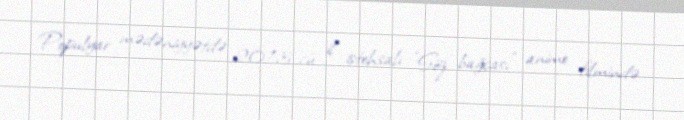
Populyar mədəniyyətdə 2013-cü il istehsalı "Söz bağçası" anime filmində